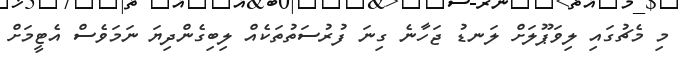
މި މެޗުގައި ލިވަޕޫލަށް ލަނޑު ޖަހާނެ ގިނަ ފުރުސަތުތަކެއް ލިބިގެންދިޔަ ނަމަވެސް އެޓީމަށް